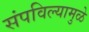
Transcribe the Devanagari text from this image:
संपविल्यामुळे